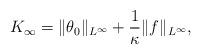
LaTeX: \begin{align*}K_\infty=\|\theta_0\|_{L^\infty}+\frac{1}{\kappa}\|f\|_{L^\infty},\end{align*}